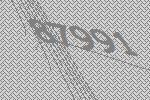
87991